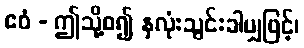
ဧဝံ - ဤသို့စ၍ နှလုံးသွင်းခါမျှဖြင့်၊